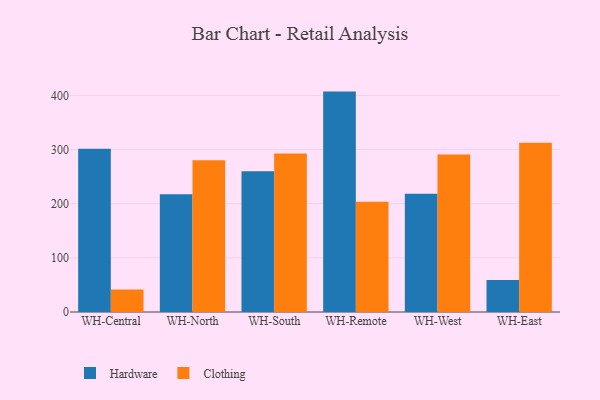
{"axis": {"x": "Warehouse", "y": "Net Income (USD K)"}, "legend": ["Clothing", "Hardware"], "data": [{"x": "WH-Central", "y": 301.7, "type": "Hardware"}, {"x": "WH-Central", "y": 41.6, "type": "Clothing"}, {"x": "WH-North", "y": 217.4, "type": "Hardware"}, {"x": "WH-North", "y": 280.4, "type": "Clothing"}, {"x": "WH-South", "y": 259.9, "type": "Hardware"}, {"x": "WH-South", "y": 292.6, "type": "Clothing"}, {"x": "WH-Remote", "y": 407.1, "type": "Hardware"}, {"x": "WH-Remote", "y": 203.5, "type": "Clothing"}, {"x": "WH-West", "y": 218.2, "type": "Hardware"}, {"x": "WH-West", "y": 290.7, "type": "Clothing"}, {"x": "WH-East", "y": 58.9, "type": "Hardware"}, {"x": "WH-East", "y": 312.5, "type": "Clothing"}]}